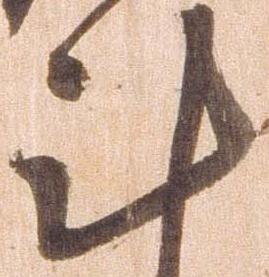
計